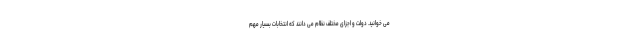
می خوانید. دولت و اجزای مختلف نظام می دانند که انتخابات بسیار مهم